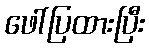
ဖေါ်ပြထားပြီး